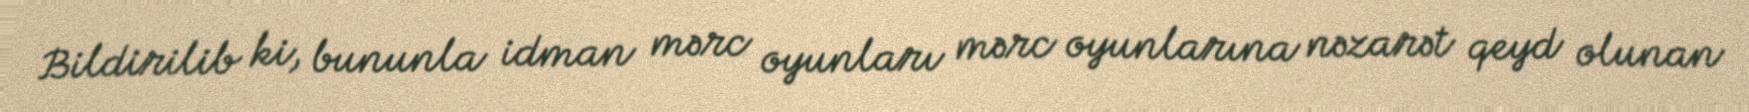
Bildirilib ki, bununla idman mərc oyunları mərc oyunlarına nəzarət qeyd olunan